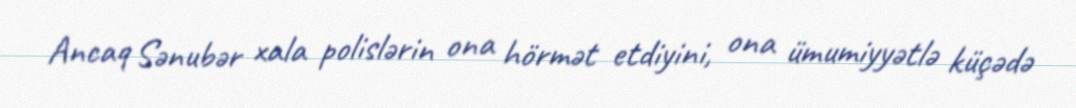
Ancaq Sənubər xala polislərin ona hörmət etdiyini, ona ümumiyyətlə küçədə